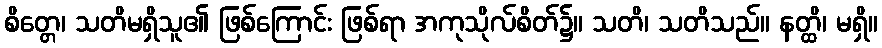
စိတ္တေ၊ သတိမရှိသူ၏ ဖြစ်ကြောင်း ဖြစ်ရာ အကုသိုလ်စိတ်၌။ သတိ၊ သတိသည်။ နတ္ထိ၊ မရှိ။